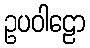
ဥပဝါဠော